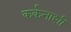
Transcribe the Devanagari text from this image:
कर्कनाशी